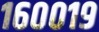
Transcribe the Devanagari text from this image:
१६००१९